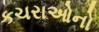
કચરાઓનો